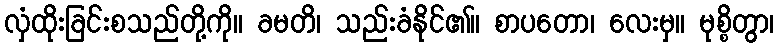
လှံထိုးခြင်းစသည်တို့ကို။ ခမတိ၊ သည်းခံနိုင်၏။ စာပတော၊ လေးမှ။ မုစ္စိတွာ၊